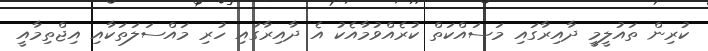
ކުރިން ތައުލީމީ ދާއިރާގައި މަސައްކަތް ކުރެއްވުމާއެކު އެ ދާއިރާގައި ހުރި މައްސަލަތަކާއި އިޖްތިމާއީ